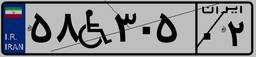
۵۸W۳۰۵۰۲